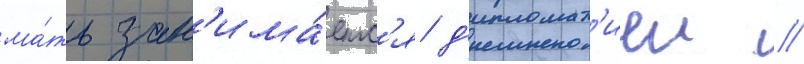
ма́ть зан'има́етс'я д'ипломат'иеи //